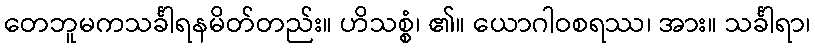
တေဘူမကသင်္ခါရနမိတ်တည်း။ ဟိသစ္စံ၊ ၏။ ယောဂါဝစရဿ၊ အား။ သင်္ခါရာ၊